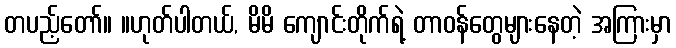
တပည့်တော်။ ။ဟုတ်ပါတယ်, မိမိ ကျောင်းတိုက်ရဲ့ တာဝန်တွေများနေတဲ့ အကြားမှာ